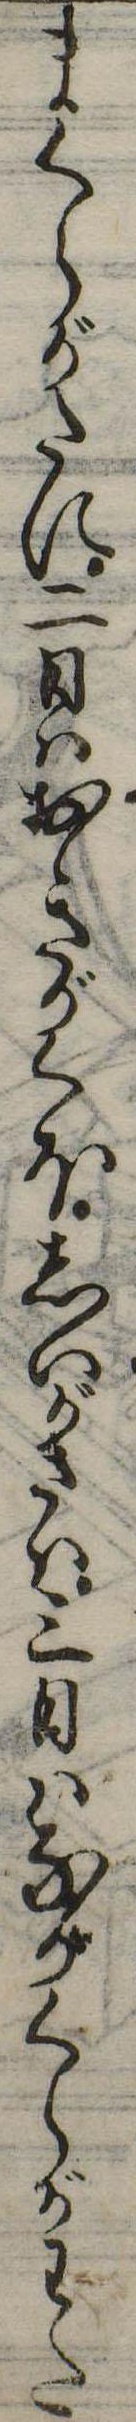
まくらがたに二日はおきがくほしいがさは三日はながくらがわた